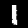
Label: 1